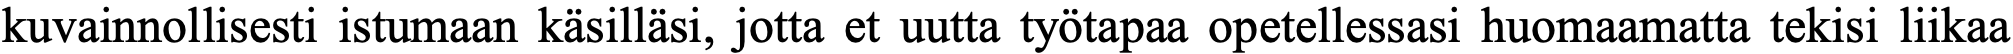
kuvainnollisesti istumaan käsilläsi, jotta et uutta työtapaa opetellessasi huomaamatta tekisi liikaa